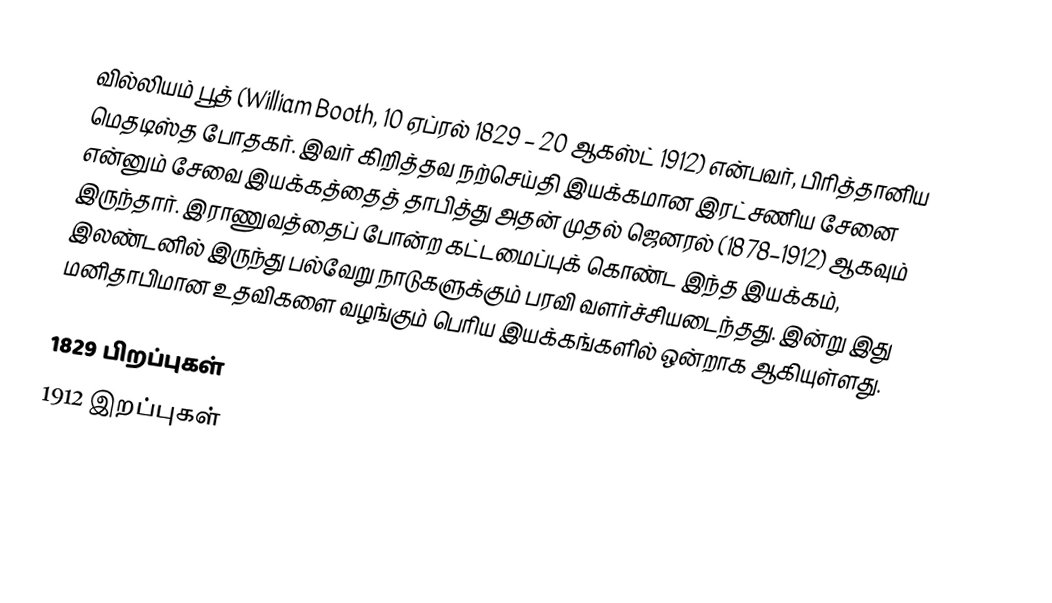
வில்லியம் பூத் (William Booth, 10 ஏப்ரல் 1829 – 20 ஆகஸ்ட் 1912) என்பவர், பிரித்தானிய மெதடிஸ்த போதகர். இவர் கிறித்தவ நற்செய்தி இயக்கமான இரட்சணிய சேனை என்னும் சேவை இயக்கத்தைத் தாபித்து அதன் முதல் ஜெனரல் (1878–1912) ஆகவும் இருந்தார். இராணுவத்தைப் போன்ற கட்டமைப்புக் கொண்ட இந்த இயக்கம், இலண்டனில் இருந்து பல்வேறு நாடுகளுக்கும் பரவி வளர்ச்சியடைந்தது. இன்று இது மனிதாபிமான உதவிகளை வழங்கும் பெரிய இயக்கங்களில் ஒன்றாக ஆகியுள்ளது.

1829 பிறப்புகள்
1912 இறப்புகள்